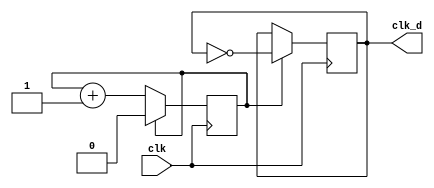
module clk_div(clk,clk_d);
  input clk;
  output clk_d;
  reg clk_d;
  parameter div_value=1;
  reg count;
  initial
    begin
      clk_d=0;
      count=0;
    end 
  always@(posedge clk)
    begin 
      if (count == div_value)
        count <= 0;
      else
        count <= count+1;
    end 
  always@(posedge clk)
    begin
      if (count == div_value)
        clk_d <= ~clk_d;
    end
endmodule